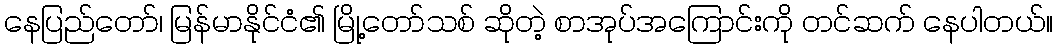
နေပြည်တော်၊ မြန်မာနိုင်ငံ၏ မြို့တော်သစ် ဆိုတဲ့ စာအုပ်အကြောင်းကို တင်ဆက် နေပါတယ်။